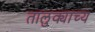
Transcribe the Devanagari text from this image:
तालुक्याच्य